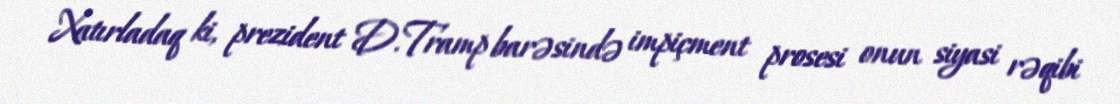
Xatırladaq ki, prezident D.Tramp barəsində impiçment prosesi onun siyasi rəqibi